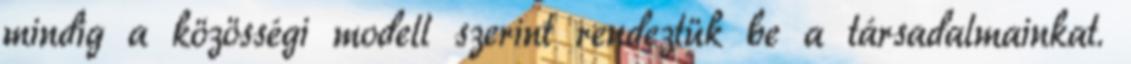
mindig a közösségi modell szerint rendeztük be a társadalmainkat.